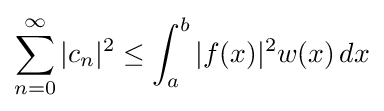
\sum _{n=0}^{\infty }|c_{n}|^{2}\leq \int _{a}^{b}|f(x)|^{2}w(x)\,dx